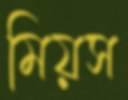
মিয়স